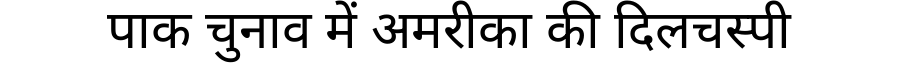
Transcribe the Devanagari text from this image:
पाक चुनाव में अमरीका की दिलचस्पी